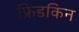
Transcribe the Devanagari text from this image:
फ्रिडकिन